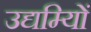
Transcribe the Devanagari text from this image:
उद्यम्यिों